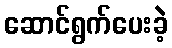
ဆောင်ရွက်ပေးခဲ့